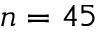
n = 4 5